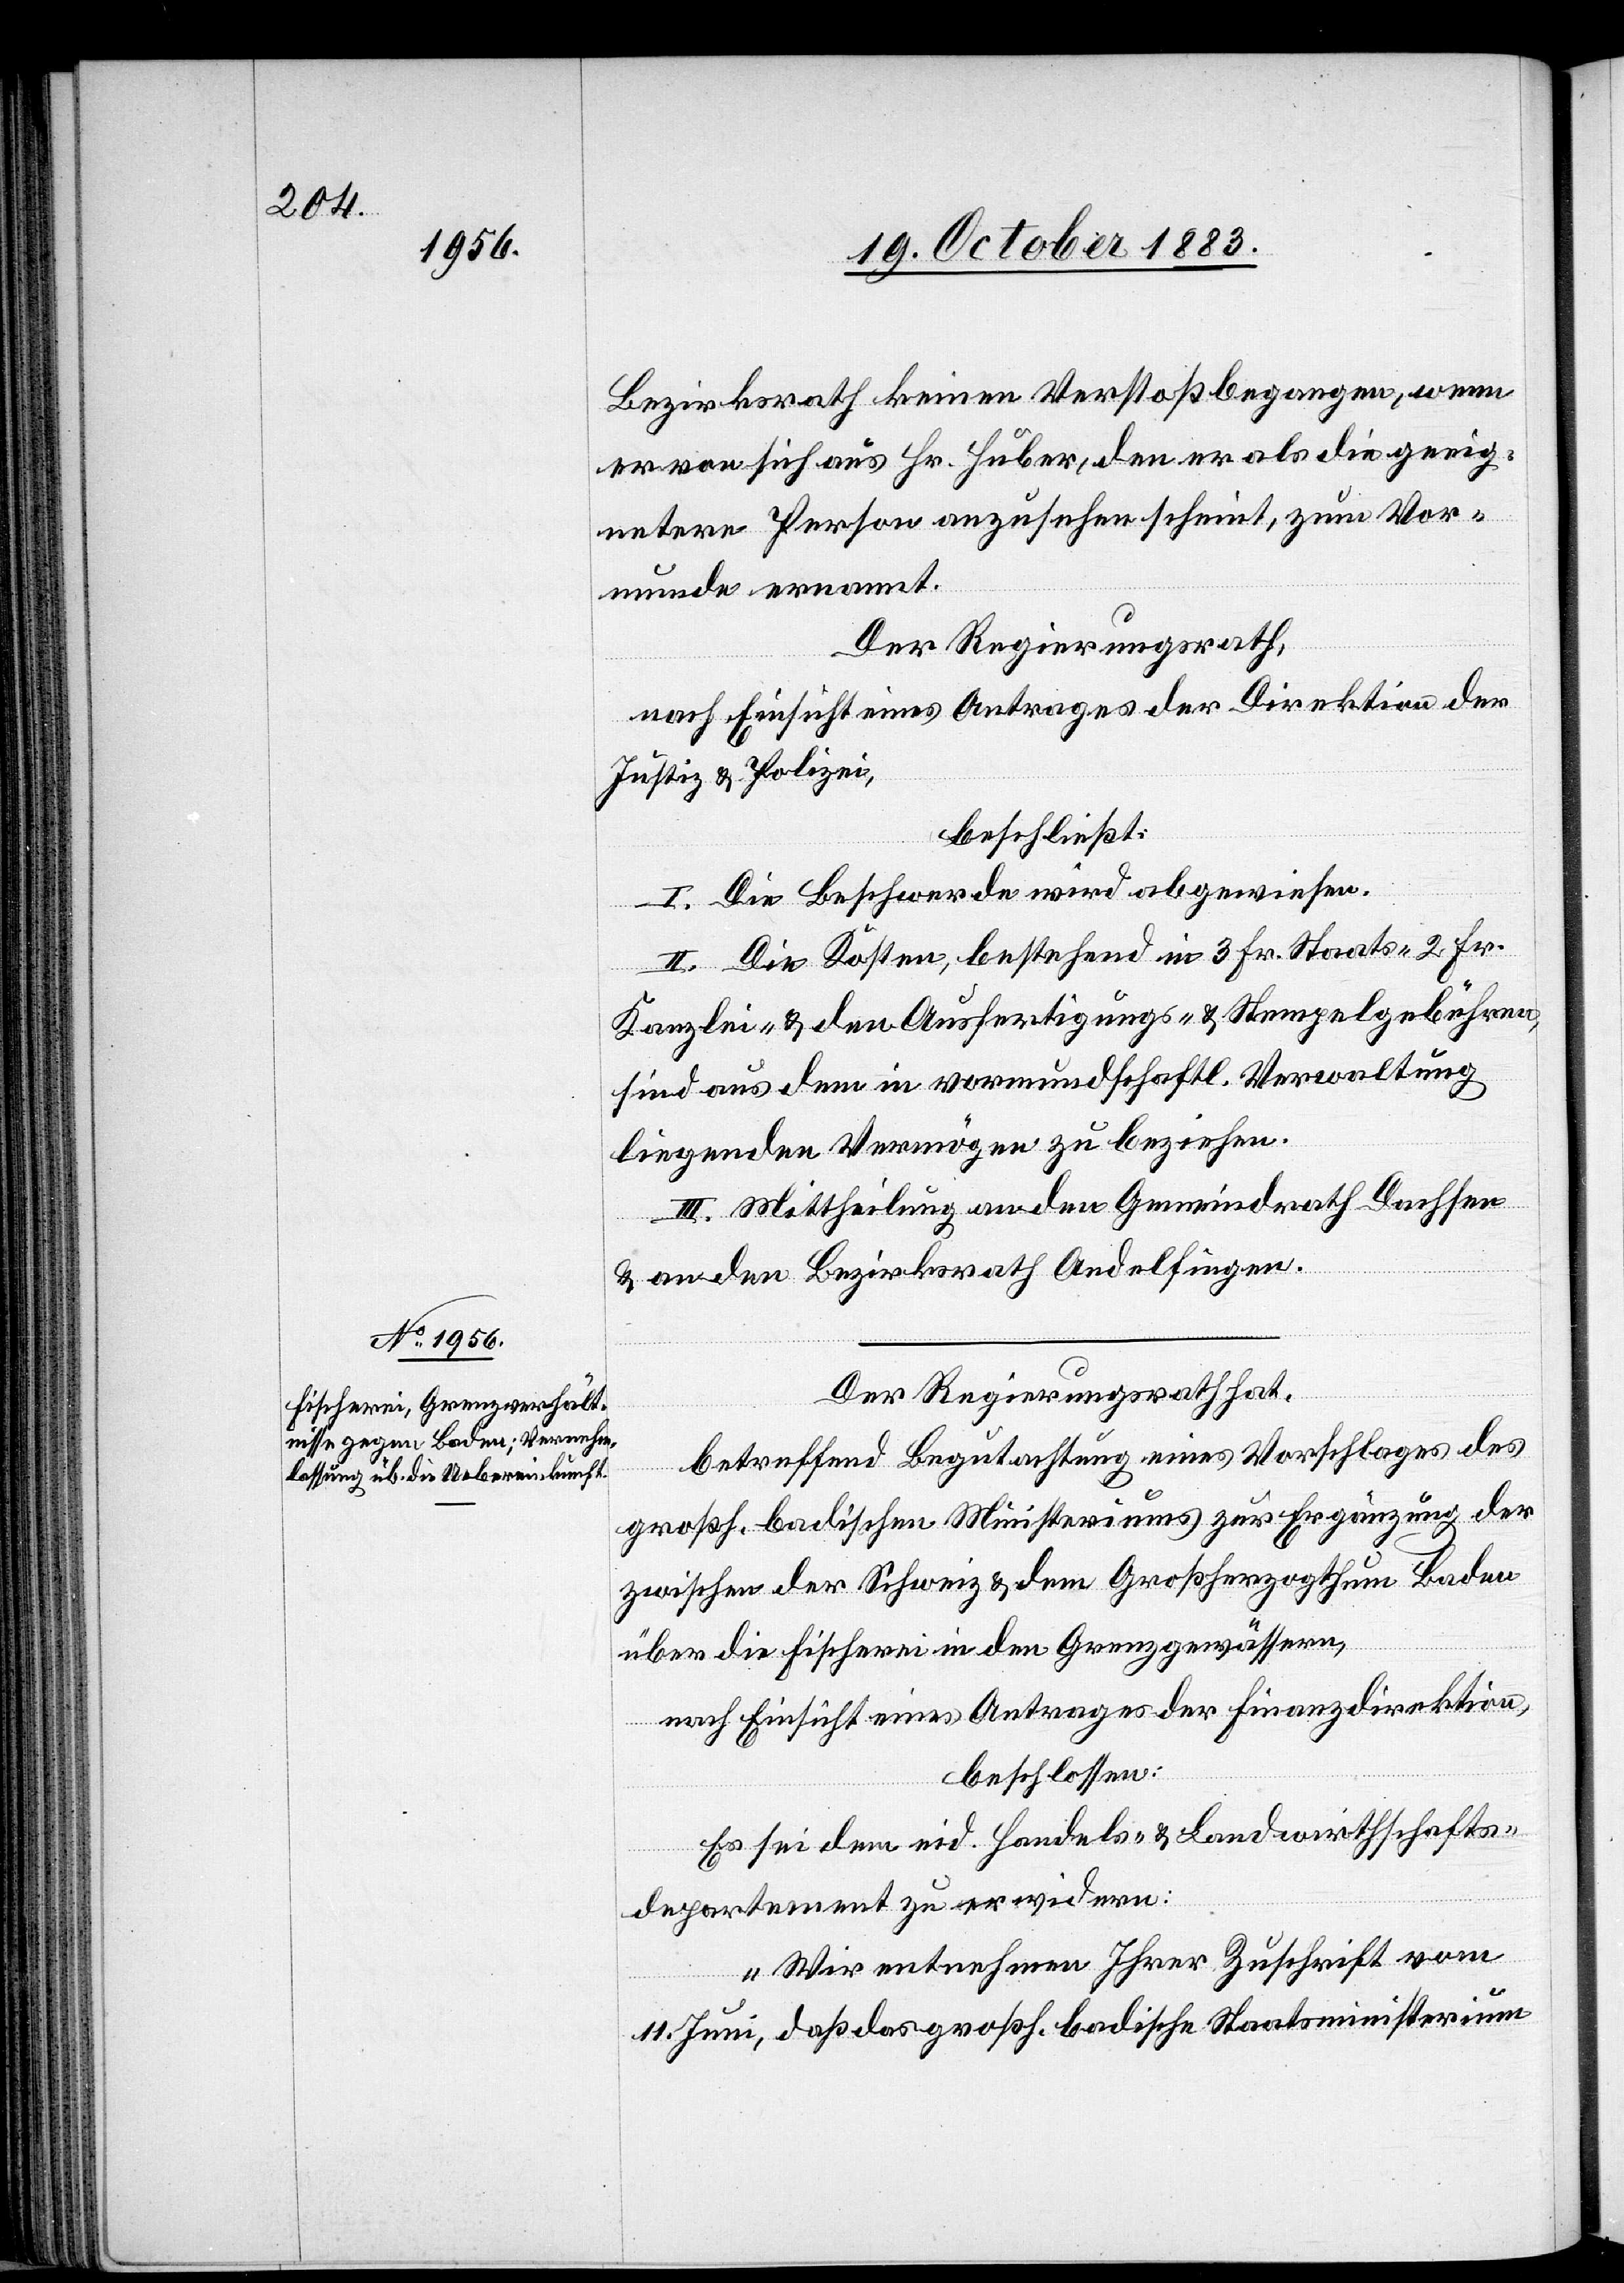
Bezirksrath keinen Verstoß begangen, wenn
er von sich aus Hr. Huber, den er als die geeig¬
netere Person anzusehen scheint, zum Vor¬
munde ernannt.
Der Regierungsrath,
nach Einsicht eines Antrages der Direktion der
Justiz & Polizei,
beschließt:
I. Die Beschwerde wird abgewiesen.
II. Die Kosten, bestehend in 3 Fr. Staats-[,] 2 Fr.
Kanzlei- & den Ausfertigungs- & Stempelgebühren,
sind aus dem in vormundschaftl. Verwaltung
liegenden Vermögen zu beziehen.
III. Mittheilung an den Gemeindrath Dachsen
& an den Bezirksrath Andelfingen.
Der Regierungsrath hat,
betreffend Begutachtung eines Vorschlages des
großh. badischen Ministeriums zur Ergänzung der
zwischen der Schweiz & dem Großherzogthum Baden
über die Fischerei in den Grenzgewässern,
nach Einsicht eines Antrages der Finanzdirektion,
beschlossen:
Es sei dem eid. Handels- & Landwirthschafts¬
departement zu erwidern:
„Wir entnehmen Ihrer Zuschrift vom
11. Juni, daß das großh. badische Staatsministerium